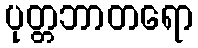
ပုတ္တဘာတရော